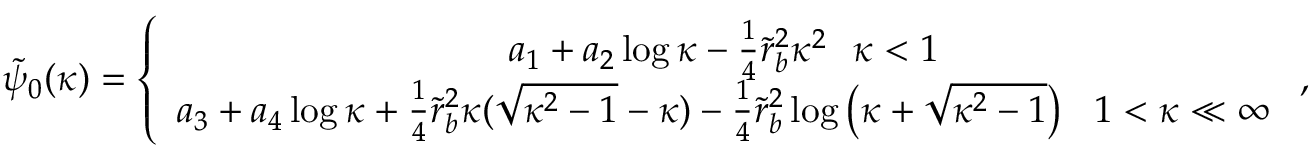
\begin{array} { r } { \tilde { \psi } _ { 0 } ( \kappa ) = \left\{ \begin{array} { c } { a _ { 1 } + a _ { 2 } \log \kappa - \frac { 1 } { 4 } \tilde { r } _ { b } ^ { 2 } \kappa ^ { 2 } ~ ~ \kappa < 1 } \\ { a _ { 3 } + a _ { 4 } \log \kappa + \frac { 1 } { 4 } \tilde { r } _ { b } ^ { 2 } \kappa ( \sqrt { \kappa ^ { 2 } - 1 } - \kappa ) - \frac { 1 } { 4 } \tilde { r } _ { b } ^ { 2 } \log \left( \kappa + \sqrt { \kappa ^ { 2 } - 1 } \right) ~ ~ 1 < \kappa \ll \infty } \end{array} \right. , } \end{array}